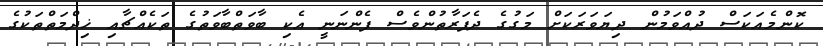
ކޮންމެއަކަސް ދުއްވަމުން ދިޔަވަރަކަށް މަގުގެ ދެފަރާތުންވެސް ފެންނަނީ އެކި ބާވަތްބާވަތުގެ ތަކެއްޗާއި ޚިދްމަތްތަކުގެ